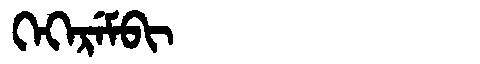
Manchu: ᡴᡝᡴᡝᡵᡝᠮᠪᡳ
Romanization: KEKEREMBI